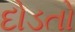
દોડતો